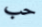
حب